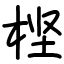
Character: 㭴